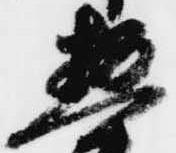
惣